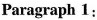
Paragraph 1: